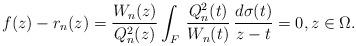
LaTeX: \begin{align*} f(z) - r_n(z) = \frac {W_n(z)}{Q^2_n(z)}\int_F \, \frac {Q^2_n(t)}{W_n(t)}\,\frac {d\sigma(t)}{z-t}= 0, z\in\Omega.\end{align*}